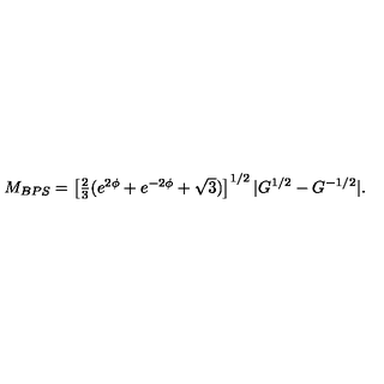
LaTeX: M _ { B P S } = \left[ \textstyle { \frac { 2 } { 3 } } ( e ^ { 2 \phi } + e ^ { - 2 \phi } + \sqrt { 3 } ) \right] ^ { 1 / 2 } | G ^ { 1 / 2 } - G ^ { - 1 / 2 } | .